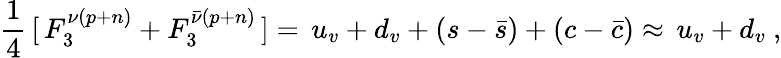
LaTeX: \frac{1}{4}\, [\, F_{3}^{\nu(p+n)}+F_{3}^{\bar{\nu}(p+n)}\, ]=\, u_{v}+d_{v}+(s-\bar{s})+(c-\bar{c})\approx\, u_{v}+d_{v}\ ,